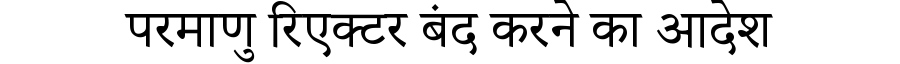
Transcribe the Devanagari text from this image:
परमाणु रिएक्टर बंद करने का आदेश